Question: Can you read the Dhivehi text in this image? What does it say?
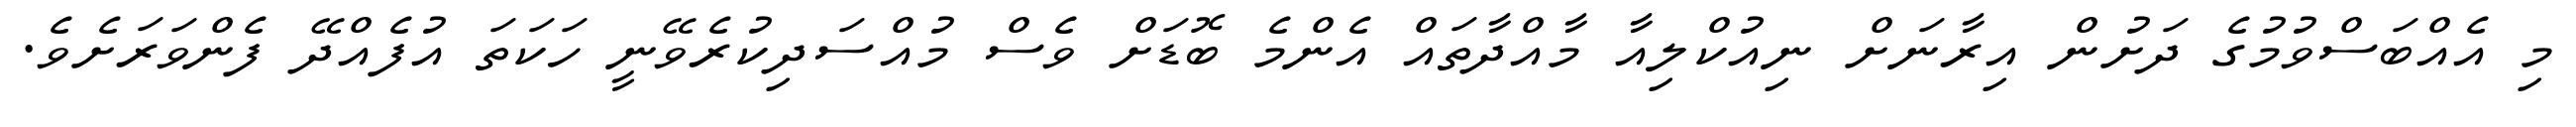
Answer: މި އެއްބަސްވުމުގެ ދަށުން އިރާނަށް ނިއުކްލިއާ މާއްދާތައް އެންމެ ބޮޑަށް ވެސް މުއްސަދިކުރެވޭނީ ހަކަތަ އުފެއްދޭ ފެންވަރަށެވެ.